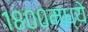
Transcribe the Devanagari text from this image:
१८००मध्ये